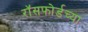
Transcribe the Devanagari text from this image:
रॉसफोर्डच्या